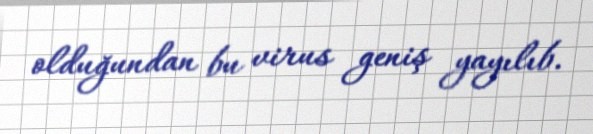
olduğundan bu virus geniş yayılıb.